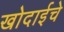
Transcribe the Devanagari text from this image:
खोदाईचे